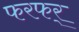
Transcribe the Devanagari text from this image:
फरफर्